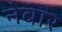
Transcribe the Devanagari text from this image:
नेबार